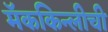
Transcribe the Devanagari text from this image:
मॅककिन्लीची